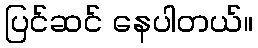
ပြင်ဆင် နေပါတယ်။